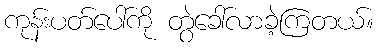
ကုန်းပတ်ပေါ်ကို တွဲခေါ်လာခဲ့ကြတယ်။